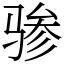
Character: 骖